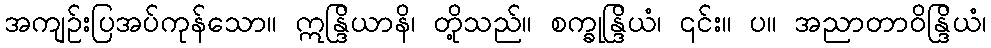
အကျဉ်းပြအပ်ကုန်သော။ ဣန္ဒြိယာနိ၊ တို့သည်။ စက္ခုန္ဒြိယံ၊ ၎င်း။ ပ။ အညာတာဝိန္ဒြိယံ၊